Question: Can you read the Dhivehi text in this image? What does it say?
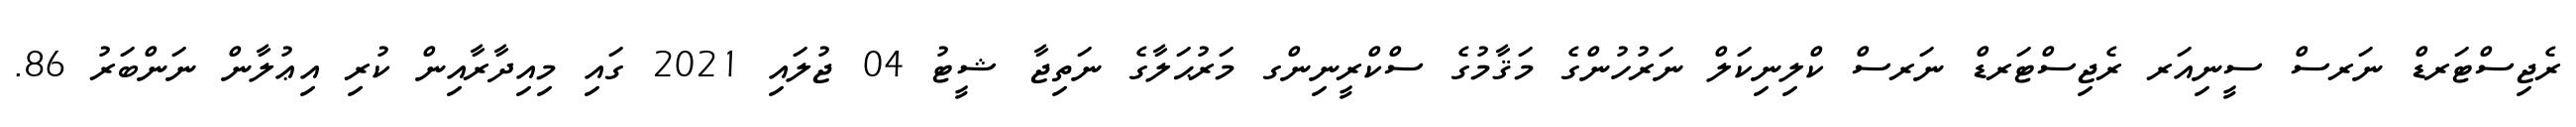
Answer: ރެޖިސްޓަރޑް ނަރސް ސީނިއަރ ރެޖިސްޓަރޑް ނަރސް ކްލިނިކަލް ނަރުހުންގެ މަޤާމުގެ ސްކްރީނިންގ މަރުޙަލާގެ ނަތިޖާ ޝީޓު 04 ޖުލައި 2021 ގައި މިއިދާރާއިން ކުރި އިޢުލާން ނަންބަރު 86.